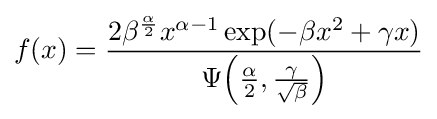
f(x)={\frac {2\beta ^{\frac {\alpha }{2}}x^{\alpha -1}\exp(-\beta x^{2}+\gamma x)}{\Psi {\left({\frac {\alpha }{2}},{\frac {\gamma }{\sqrt {\beta }}}\right)}}}